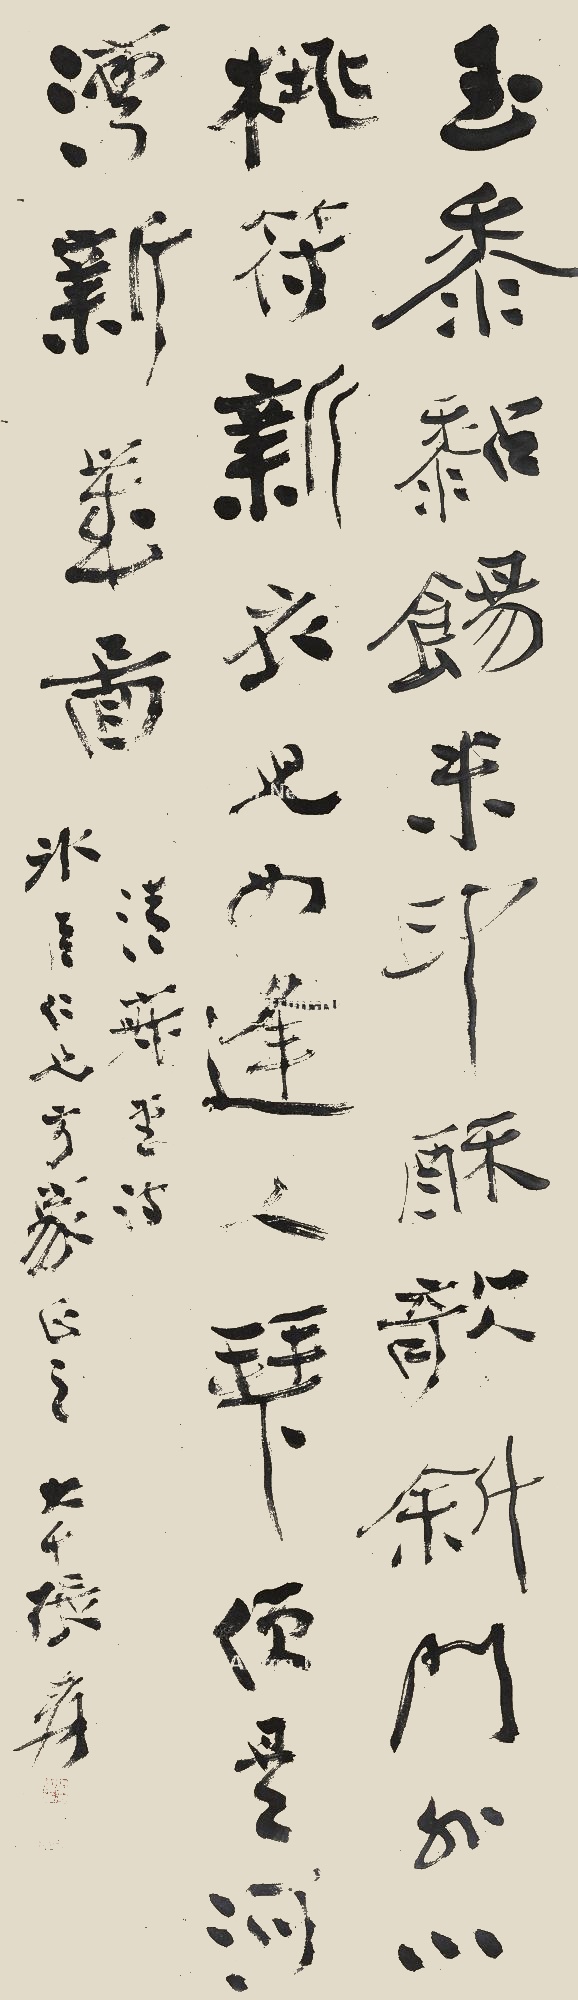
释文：玉黍黏饧米印酥，欹斜门外小桃符。新衣儿女如逢人拜，须是河湾新岁图。清寂堂诗，冰臣仁兄方家正之，大千张爰。